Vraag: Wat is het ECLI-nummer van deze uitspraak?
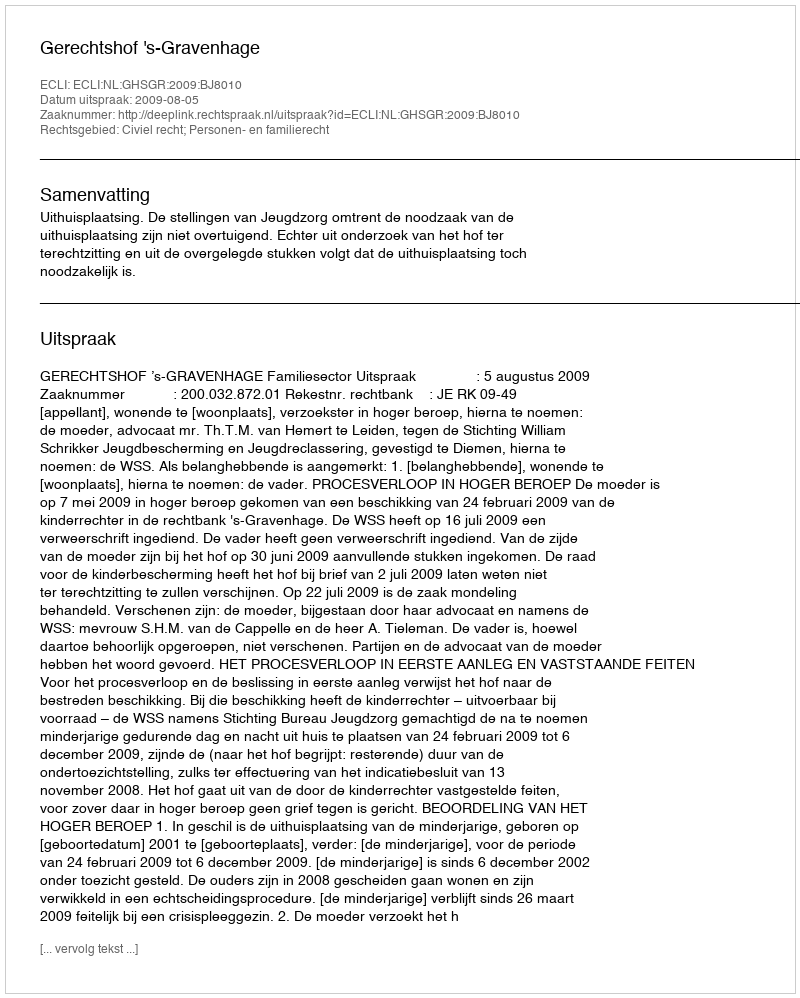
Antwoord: ECLI:NL:GHSGR:2009:BJ8010